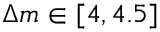
\Delta m \in [ 4 , 4 . 5 ]